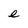
Character: e